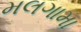
મલગામા